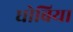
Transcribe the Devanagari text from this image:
धोबिया